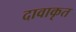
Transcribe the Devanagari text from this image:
दावाकृत